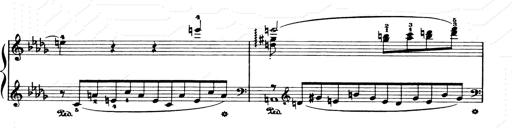
Title: Consolations and LiebestrÃ¤ume for the Piano
Composer: Franz Liszt